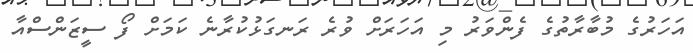
އަހަރުގެ މުބާރާތުގެ ފެންވަރު މި އަހަރަށް ވުރެ ރަނގަޅުކުރާނެ ކަމަށް ފޯ ސީޒަންސްއާ